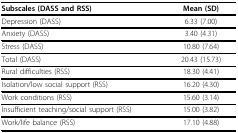
<table><thead><tr><td><b>Subscales (DASS and RSS)</b></td><td><b>Mean (SD)</b></td></tr></thead><tbody><tr><td>Depression (DASS)</td><td>6.33 (7.00)</td></tr><tr><td>Anxiety (DASS)</td><td>3.40 (4.31)</td></tr><tr><td>Stress (DASS)</td><td>10.80 (7.64)</td></tr><tr><td>Total (DASS)</td><td>20.43 (15.73)</td></tr><tr><td>Rural difficulties (RSS)</td><td>18.30 (4.41)</td></tr><tr><td>Isolation/low social support (RSS)</td><td>16.20 (4.30)</td></tr><tr><td>Work conditions (RSS)</td><td>15.60 (3.14)</td></tr><tr><td>Insufficient teaching/social support (RSS)</td><td>15.00 (3.82)</td></tr><tr><td>Work/life balance (RSS)</td><td>17.10 (4.88)</td></tr></tbody></table>